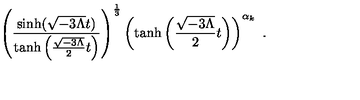
\left( \frac { \sinh ( \sqrt { - 3 \Lambda } t ) } { \tanh \left( \frac { \sqrt { - 3 \Lambda } } { 2 } t \right) } \right) ^ { \frac { 1 } { 3 } } \left( \tanh \left( \frac { \sqrt { - 3 \Lambda } } { 2 } t \right) \right) ^ { \alpha _ { k } } \ .